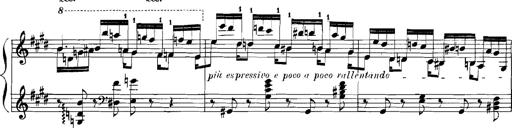
Title: Rhapsodies hongroises
Composer: Franz Liszt